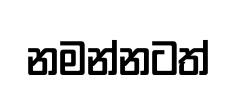
නමන්නටත්